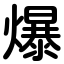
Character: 爆